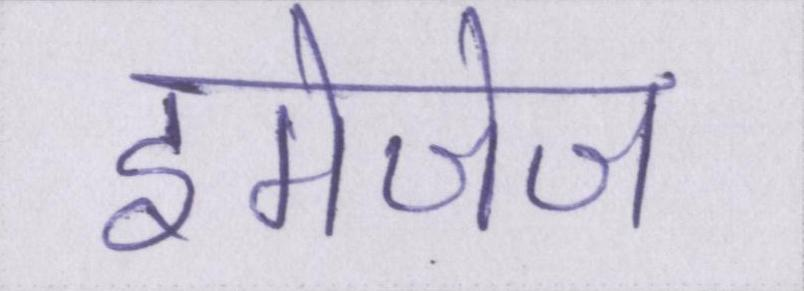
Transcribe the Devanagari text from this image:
इमेजेज